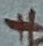
Text: +